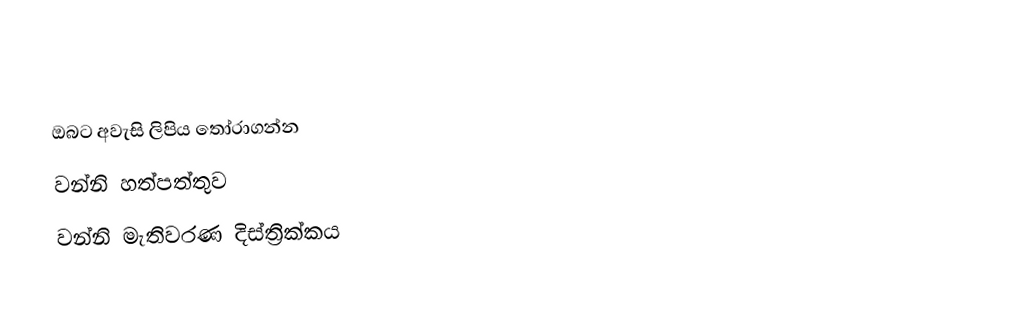
ඔබට අවැසි ලිපිය තෝරාගන්න
 වන්නි හත්පත්තුව
 වන්නි මැතිවරණ දිස්ත්‍රික්කය